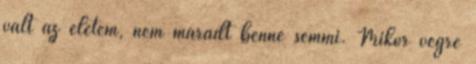
vált az életem, nem maradt benne semmi. Mikor végre